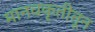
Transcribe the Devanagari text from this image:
मानवकृतीतून